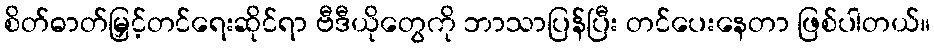
စိတ်ဓာတ်မြှင့်တင်ရေးဆိုင်ရာ ဗီဒီယိုတွေကို ဘာသာပြန်ပြီး တင်ပေးနေတာ ဖြစ်ပါတယ်။